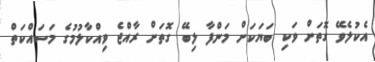
އެކުލެވޭ ގޮތަށް ވަކި ބަޔަކަށް މަންފާ ލިބޭ ގޮތަށް ރާއްޖެ ވިއްކާލުމުގެ މަސައްކަތް